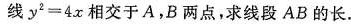
线$$y = 4 x$$相交于A，B两点，求线段AB的长。